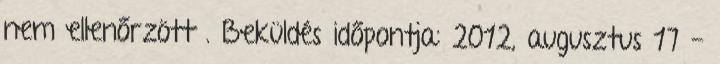
nem ellenőrzött . Beküldés időpontja: 2012, augusztus 17 -